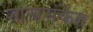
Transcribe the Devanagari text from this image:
शास्त्रसंकेत